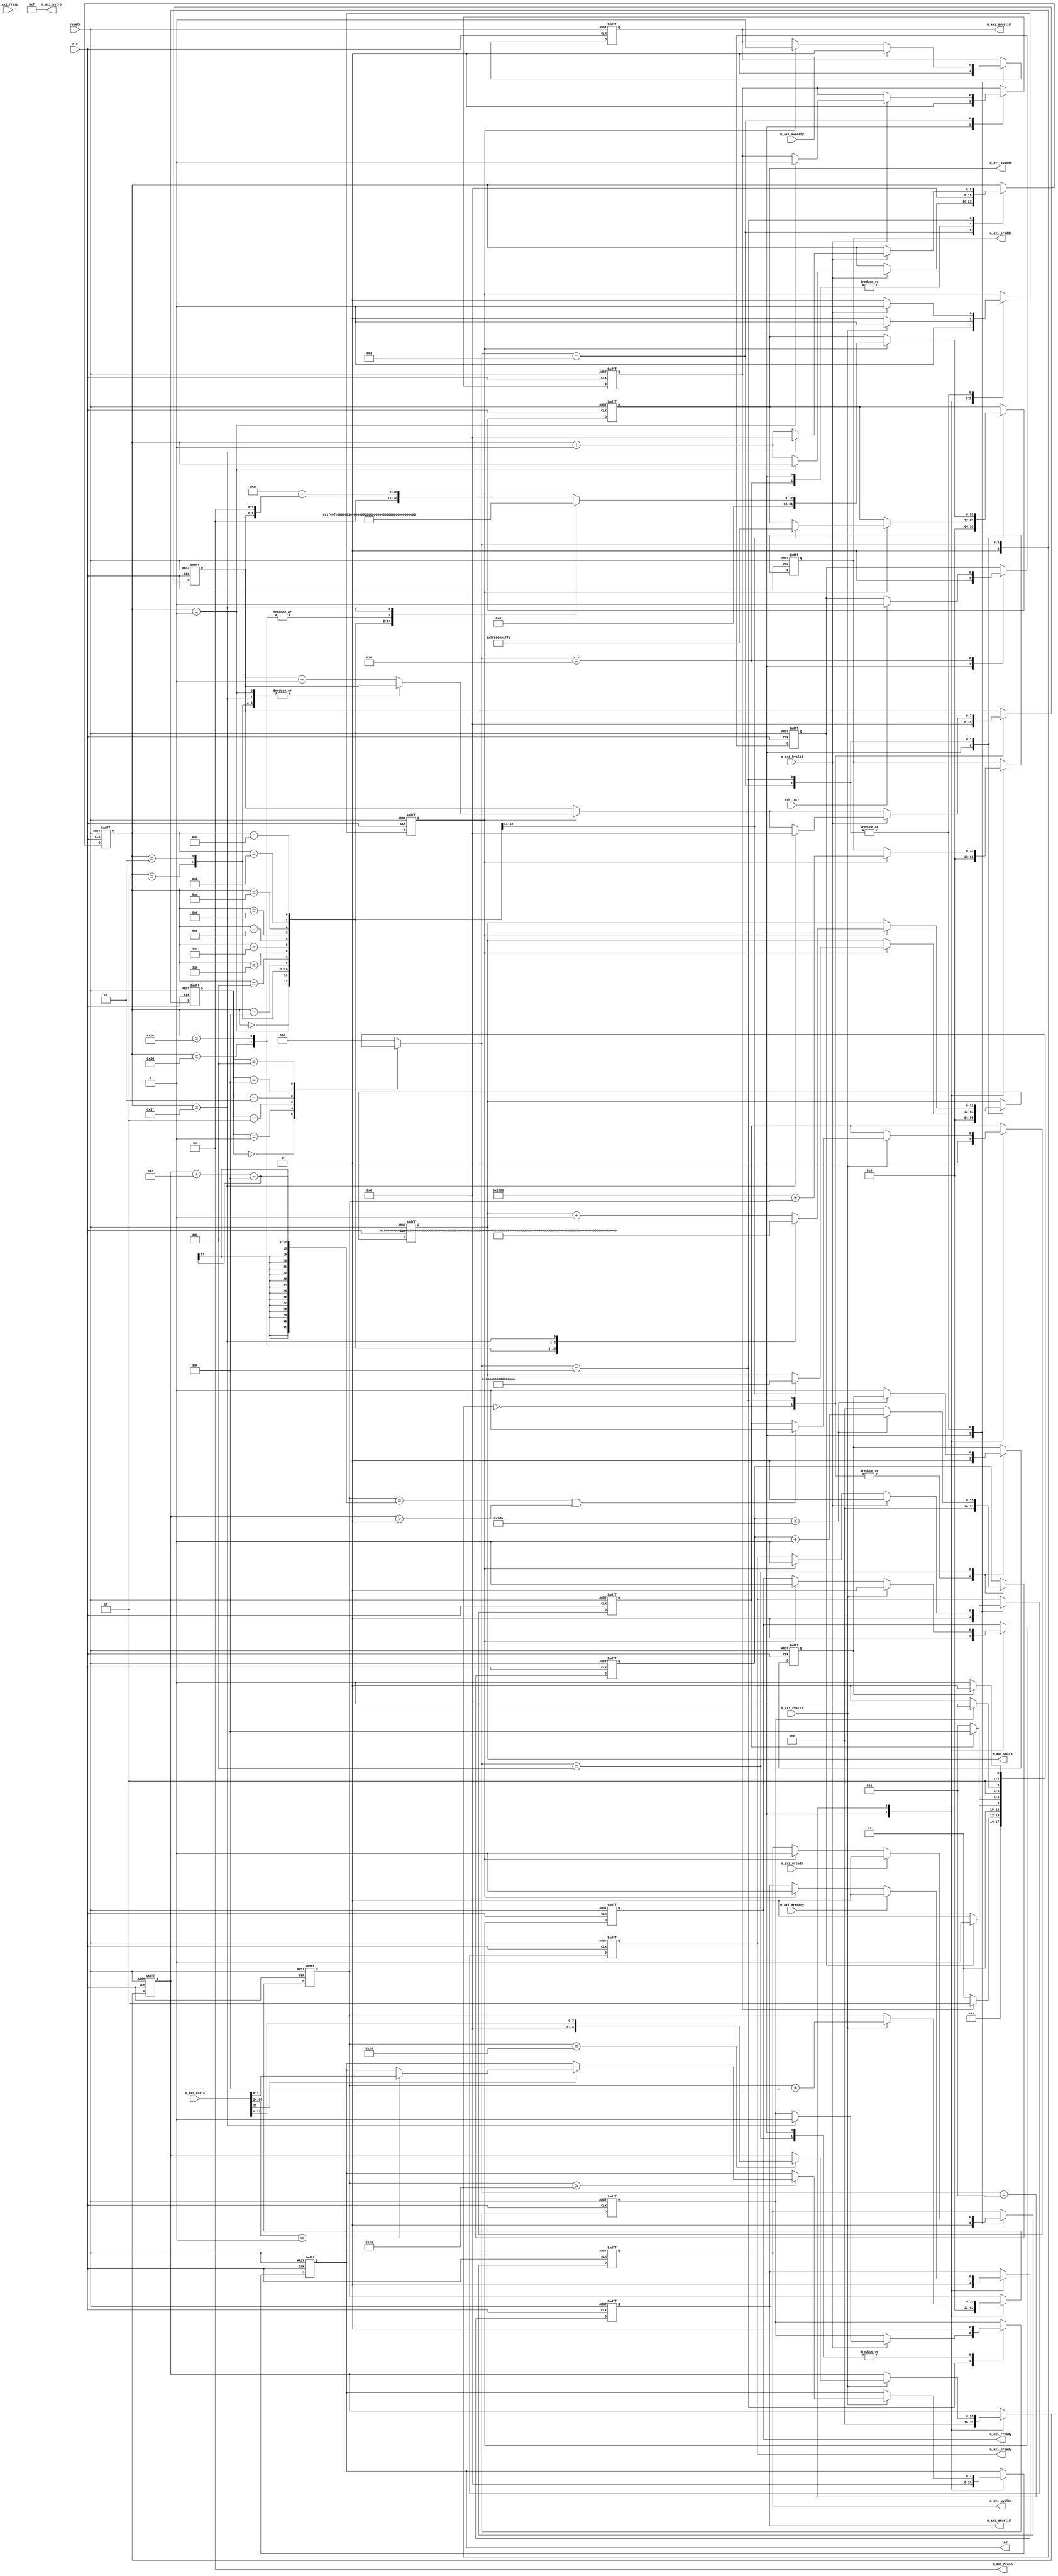
module rmii_control(
  input wire        clk,
  input wire        resetn,

    // AXI master for MII ethernetlite
 output reg  [31:0] m_axi_awaddr,
 output reg  [31:0] m_axi_wdata,
 output reg         m_axi_awvalid,
 output reg         m_axi_wvalid,
  input wire        m_axi_awready,
  input wire        m_axi_wready,
 output reg         m_axi_bready,
  input wire        m_axi_bvalid,
 output wire  [3:0] m_axi_wstrb,
 output wire  [1:0] m_axi_bresp,
 output reg  [31:0] m_axi_araddr,
  input wire [31:0] m_axi_rdata,
  input wire        m_axi_arready,
 output reg         m_axi_arvalid,
 output reg         m_axi_rready,
  input wire        m_axi_rvalid,
  input wire  [1:0] m_axi_rresp,
  input wire        eth_intr,
 
 output reg   [7:0] led
);

localparam CH_NUM = 32;

assign m_axi_wstrb = 4'hf;
assign m_axi_bresp = 2'b00;
(* dont_touch = "true" *) reg [3:0] state, next_state;
localparam  CTRL_IDLE = 0, CTRL_GIE = 1, CTRL_QUERYCFG = 2, CTRL_READCFG = 3, CTRL_SENDDATA = 4, CTRL_GAPTIME = 5;
// FSM jump signals
reg gie_done, query_done, readcfg_done, senddata_done, gaptime_done;
// axi ethernet transmit flow related registers
reg  [7:0] row_counter;
reg  [7:0] axi_traffic_cnt;
reg        axi_m_idle;
// axi ethernet read memory
localparam RMEM_BASE = 32'h0000_1000;
reg  [31:0] rmem_offset;
reg  [15:0] ip_length;

reg [15:0] gap_cnt;

always @(posedge clk or negedge resetn) begin
  if(!resetn) state <= CTRL_IDLE;
  else state <= next_state;
end

always @* begin
  case(state)
    // initializing
    CTRL_IDLE:          next_state = CTRL_GIE;
    CTRL_GIE:           next_state = gie_done? CTRL_QUERYCFG: CTRL_GIE;
    CTRL_QUERYCFG:      next_state = query_done? CTRL_READCFG: CTRL_QUERYCFG;
    CTRL_READCFG:       next_state = readcfg_done? CTRL_SENDDATA: CTRL_READCFG;
    // operating
    CTRL_SENDDATA:  if(senddata_done) begin
                      next_state = CTRL_GAPTIME;
                    end else begin
                      next_state = CTRL_SENDDATA;
                    end
    CTRL_GAPTIME:   if(gaptime_done) begin
                      next_state = CTRL_SENDDATA;
                    end else begin
                      next_state = CTRL_GAPTIME;
                    end
    default: next_state = CTRL_IDLE;
  endcase
end

always @(posedge clk or negedge resetn) begin
  if(!resetn) begin
    gie_done <= 0;
    query_done <= 0;
    readcfg_done <= 0;
    senddata_done <= 0;
    gaptime_done <= 0;
    gap_cnt <= 8'h00;

    row_counter <= 8'h00;
    axi_traffic_cnt <= 0;
    axi_m_idle <= 1;
    rmem_offset <= 0;
    ip_length <= 0;
    m_axi_awaddr <= 32'h0000_0000;
    m_axi_wdata <= 32'h0000_0000;
    m_axi_awvalid <= 0;
    m_axi_wvalid <= 0;
    m_axi_bready <= 0;
    m_axi_araddr <= 32'h0000_0000;
    m_axi_arvalid <= 0;
    m_axi_rready <= 0;
    led <= 8'h00;
  end else begin
    case(next_state)
/*0*/ CTRL_IDLE: begin
        gie_done <= 0;
        query_done <= 0;
        readcfg_done <= 0;
        senddata_done <= 0;
        gaptime_done <= 0;
        gap_cnt <= 8'h00;

        row_counter <= 8'h00;
        axi_traffic_cnt <= 0;
        axi_m_idle <= 1;
        rmem_offset <= 0;
        ip_length <= 0;
        m_axi_awaddr <= 32'h0000_0000;
        m_axi_wdata <= 32'h0000_0000;
        m_axi_awvalid <= 0;
        m_axi_wvalid <= 0;
        m_axi_bready <= 0;
        m_axi_araddr <= 32'h0000_0000;
        m_axi_arvalid <= 0;
        m_axi_rready <= 0;
        led <= 8'h00;
      end
/*1*/ CTRL_GIE: begin
        if(axi_m_idle) begin
          axi_m_idle <= 0;
          case(axi_traffic_cnt)
            0: begin
              m_axi_awaddr <= 32'h0000_07f8;
              m_axi_wdata <= 32'h8000_0000;
            end
            1: begin
              m_axi_awaddr <= 32'h0000_17fc;
              m_axi_wdata <= 32'h0000_0008;
            end
            default:;
          endcase
          m_axi_awvalid <= 1;
          m_axi_wvalid <= 1;
          m_axi_bready <= 1;
        end

        if(m_axi_awready) begin
          m_axi_awvalid <= 0;
        end
        if(m_axi_wready) begin
          m_axi_wvalid <= 0;
        end
        if(m_axi_bvalid) begin
          m_axi_bready <= 0;
          axi_m_idle <= 1;
          if(axi_traffic_cnt == 1) begin
            gie_done <= 1;
          end else begin
            axi_traffic_cnt <= axi_traffic_cnt + 1;
          end
        end
      end
/*2*/ CTRL_QUERYCFG: begin
        axi_traffic_cnt <= 0;
        if(eth_intr) begin
          query_done <= 1;
        end
      end
/*3*/ CTRL_READCFG: begin
        if(axi_m_idle) begin
          axi_m_idle <= 0;
          m_axi_araddr <= RMEM_BASE + rmem_offset;
          m_axi_arvalid <= 1;
          m_axi_rready <= 1;
        end
        if(m_axi_arready) m_axi_arvalid <= 0;
        if(m_axi_rvalid) begin
          m_axi_rready <= 0;
          axi_m_idle <= 1;
          rmem_offset <= rmem_offset + 4;
          if(rmem_offset == 'h10) begin
            ip_length <= m_axi_rdata[15:8];
          end 
          // decode UDP/IP packets
          if(rmem_offset >= 'h28) begin
            if(m_axi_rdata[31]) begin
              case(m_axi_rdata[30:24])
                7'h01: led <= m_axi_rdata[7:0];
                default:;
              endcase
            end
          end
          // 14 is the len of dst.mac(6B) + src.mac(6B) + type(2B), 4 stands for the len of each axi word transaction
          if(rmem_offset == ip_length + 14 - 4 && ip_length > 0) begin
            // assert readcfg_done after getting all configs
            readcfg_done <= 1;
          end
        end
      end
/*12*/CTRL_SENDDATA: begin
        // TODO: single point mode
        if(axi_m_idle) begin
          axi_m_idle <= 0;
          case(axi_traffic_cnt)
            0: begin // [31] ETH GIE
              m_axi_awaddr <= 32'h0000_07f8;
              m_axi_wdata <= 32'h8000_0000;
            end
            1: begin // [31:0] ETH TRANSMIT LENGTH
              m_axi_awaddr <= 32'h0000_07f4;
              m_axi_wdata <= 32'd42 + 32'd2 + (CH_NUM<<2); // (42 + 2byte padding + data.length)
            end
            2: begin // [31:0] dest mac address
              m_axi_awaddr <= 32'h0000_0000;
              m_axi_wdata <= 32'hffff_ffff;
            end
            3: begin // [15:0] dest mac address, [31:16] src mac address
              m_axi_awaddr <= 32'h0000_0004;
              m_axi_wdata <= 32'h0000_ffff;
            end
            4: begin // [31:0] src mac address 
              m_axi_awaddr <= 32'h0000_0008;
              m_axi_wdata <= 32'hcefa_005e;
            end
            5: begin // [15:0] eth.type, [23:16] ip.hdr_len, [31:24] ip.dsfield.ecn
              m_axi_awaddr <= 32'h0000_000c;
              m_axi_wdata <= 32'h0045_0008;
            end
            6: begin // [15:0] ip.len, [31:0] ip.id
              m_axi_awaddr <= 32'h0000_0010;                              // |-------seting HByte to 8'h00, assuming that data.length won't excceed 225 Bytes
              m_axi_wdata <= 32'h0100_0000 + {16'h0000, 8'd30+(CH_NUM<<2), 8'h00}; // (28 + 2byte padding + data.length), [7:0]HByte, [15:8]LByte
            end
            7: begin // [15:0] ip.frag_offset, [23:16] ip.ttl, [31:24] ip.ttl
              m_axi_awaddr <= 32'h0000_0014;
              m_axi_wdata <= 32'h1180_0040;
            end
            8: begin // [15:0] ip.checksum, [31:16] ip.src
              m_axi_awaddr <= 32'h0000_0018;
              m_axi_wdata <= 32'ha8c0_8472;
            end
            9: begin // [15:0] ip.src, [31:16] ip.dst
              m_axi_awaddr <= 32'h0000_001c;
              m_axi_wdata <= 32'ha8c0_7b03;
            end
            10: begin // [15:0] ip.dst, [31:16] udp.srcport
              m_axi_awaddr <= 32'h0000_0020;
              m_axi_wdata <= 32'hd204_6603;
            end
            11: begin // [15:0] udp.dstport, [31:16] udp.length
              m_axi_awaddr <= 32'h0000_0024;
              m_axi_wdata <= 32'h0000_d204 + {8'd10+(CH_NUM<<2), 8'h00, 16'h0000}; // (8 + 2byte padding + data.length), [23:16]HByte, [31:24]LByte
            end
            12: begin // [15:0] udp.checksum, [31:16] padding(2 Byte no use in data field)
              m_axi_awaddr <= 32'h0000_0028;
              m_axi_wdata <= 32'h0000_0000;
            end
            13+CH_NUM: begin // ETH TRANSMIT CONTROL
              m_axi_awaddr <= 32'h0000_07fc;
              m_axi_wdata <= 32'h0000_0009;
            end
            14+CH_NUM: begin // ETH TRANSMIT CONTROL
              m_axi_awaddr <= 32'h0000_07fc;
              m_axi_wdata <= 32'h0000_0008;
            end
            15+CH_NUM: begin // ETH READ
              m_axi_awaddr <= 32'h0000_17fc;
              m_axi_wdata <= 32'h0000_0001;
            end
            default: begin // user data field, from 13 to 13+CH_NUM-1
              m_axi_awaddr <= row_counter; // send packets
              // SERIALIZE through CH_NUM channels
              row_counter <= row_counter + 1;
              m_axi_awaddr <= 32'h0000_002c + (row_counter << 2);
              m_axi_wdata <= m_axi_wdata + 1;
            end
          endcase
          m_axi_awvalid <= 1;
          m_axi_wvalid <= 1;
          m_axi_bready <= 1;
        end

        if(m_axi_awready) begin
          m_axi_awvalid <= 0;
        end
        if(m_axi_wready) begin
          m_axi_wvalid <= 0;
        end
        if(m_axi_bvalid) begin
          m_axi_bready <= 0;
          axi_m_idle <= 1;
          if(axi_traffic_cnt == 15+CH_NUM) begin
            //TODO: add delay counter
            senddata_done <= 1;
            row_counter <= 0;
            axi_traffic_cnt <= 0;
          end else begin
            axi_traffic_cnt <= axi_traffic_cnt + 1;
          end
        end
        gap_cnt <= 0;
        gaptime_done <= 0;
      end
      CTRL_GAPTIME: begin
        senddata_done <= 0;
        if(gap_cnt < 2000) begin
          gap_cnt <= gap_cnt + 1;
        end else begin
          gap_cnt <= 0;
          gaptime_done <= 1;
        end
      end
      default:;
    endcase
  end
end

endmodule